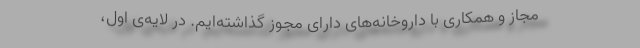
مجاز و همکاری با داروخانه‌های دارای مجوز گذاشته‌ایم. در لایه‌ی اول،